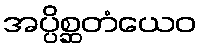
အပ္ပိစ္ဆတံယေဝ